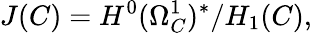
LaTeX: J(C)=H^{0}(\Omega_{C}^{1})^{*}/H_{1}(C),